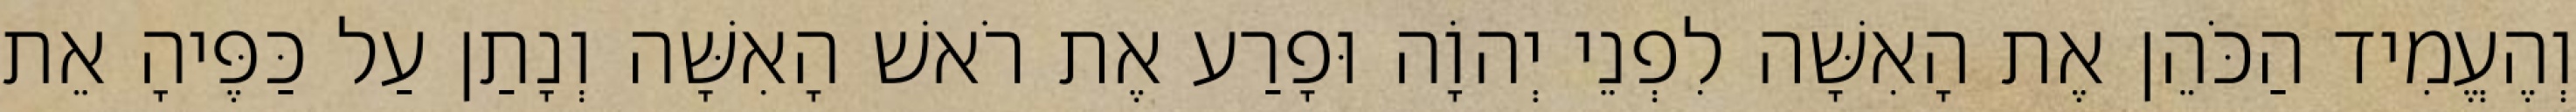
וְהֶעֱמִיד הַכֹּהֵן אֶת הָאִשָּׁה לִפְנֵי יְהוָֹה וּפָרַע אֶת רֹאשׁ הָאִשָּׁה וְנָתַן עַל כַּפֶּיהָ אֵת